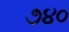
૭૪૦